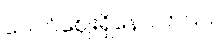
ပေါက်ဈေးရှိနေပါတယ်။